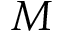
M